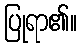
ပြုရာ၏။